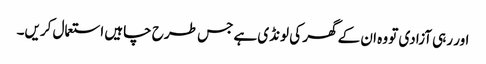
اور رہی آزادی تو وہ ان کے گھر کی لونڈی ہے جس طرح چاہیں استعمال کریں۔